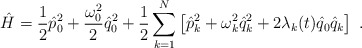
\begin{align*}\hat{H}=\frac{1}{2}\hat{p}_0^2+\frac{\omega_0^2}{2}\hat{q}_0^2+\frac{1}{2}\sum_{k=1}^N\left[\hat{p}_k^2+\omega_k^2 \hat{q}_k^2+2\lambda_k(t)\hat{q}_0\hat{q}_k\right]\;.\end{align*}